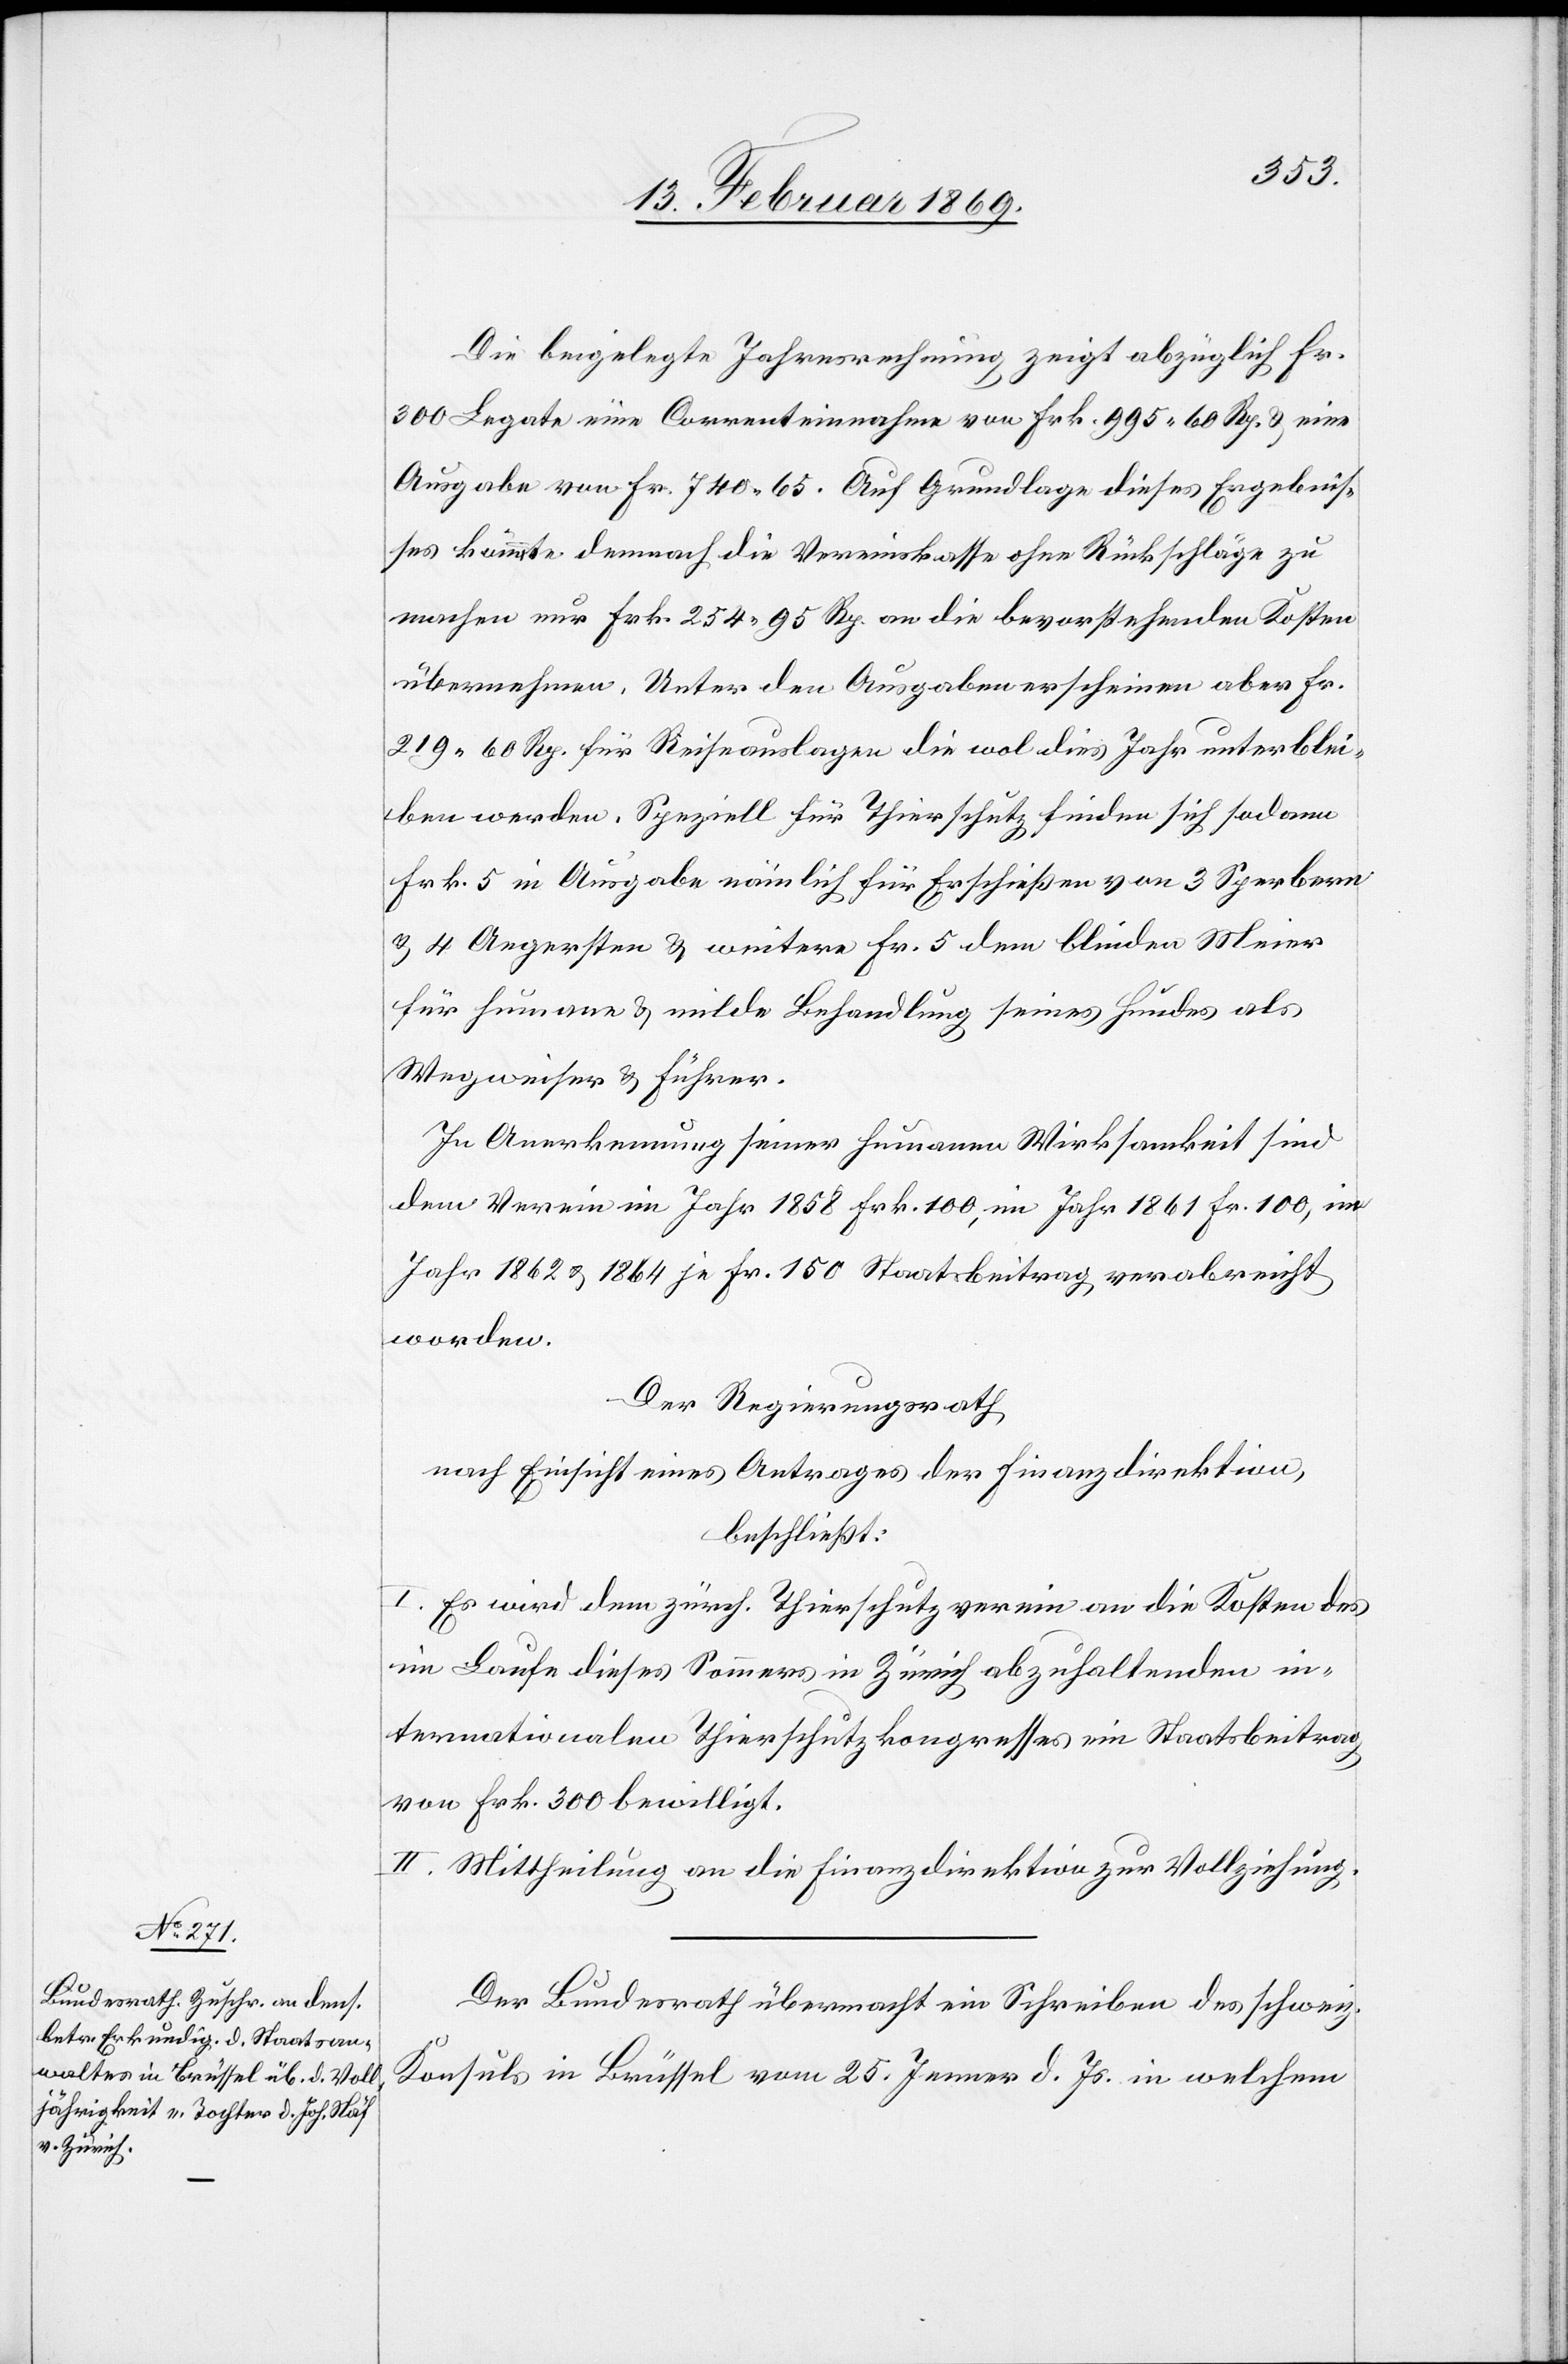
Die beigelegte Jahresrechnung zeigt abzüglich Fr.
300 Legate eine Correnteinnahme von Frk. 995.60 Rp. u. eine
Ausgabe von Fr. 740.65. Auf Grundlage dieses Ergebnis¬
ses könnte demnach die Vereinskasse ohne Rückschläge zu
machen nur Frk. 254.95 Rp. an die bevorstehenden Kosten
übernehmen. Unter den Ausgaben erscheinen aber Fr.
219.60 Rp. für Reiseauslagen die wol dies Jahr unterblei¬
ben werden. Speziell für Thierschutz finden sich sodann
Frk. 5 in Ausgabe nämlich für Erschießen von 3 Sperbern
u. 4 Aegersten u. weitere Fr. 5 dem blinden Meier
für humane u. milde Behandlung seines Hundes als
Wegweiser u. Führer.
In Anerkennung seiner humanen Wirksamkeit sind
dem Verein im Jahr 1858 Frk. 100, im Jahr 1861 Fr. 100, im
Jahr 1862 u. 1864 je Fr. 150 Staatsbeitrag verabreicht
worden.
Der Regierungsrath,
nach Einsicht eines Antrages der Finanzdirektion,
beschließt:
I. Es wird dem zürch. Thierschutzverein an die Kosten des
im Laufe dieses Sommers in Zürich abzuhaltenden in¬
ternationalen Thierschutzkongresses ein Staatsbeitrag
von Frk. 300 bewilligt.
II. Mittheilung an die Finanzdirektion zur Vollziehung.
Der Bundesrath übermacht ein Schreiben des schweiz.
Konsuls in Brüssel vom 25. Jenner d. Js. in welchem